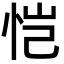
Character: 恺